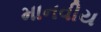
માનવીય